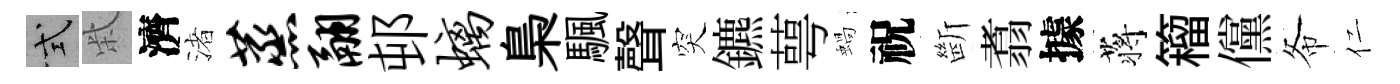
式柴濟渚蒸翮邨螭梟颿聲突鑣萼蝸祝㫁翥據蒋籕儻𢁙仁